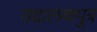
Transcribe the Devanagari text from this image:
उद्दालकपुत्र